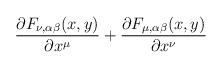
LaTeX: \begin{align*}\frac{\partial F_{\nu,\alpha\beta}(x,y)}{\partial x^\mu}+\frac{\partial F_{\mu,\alpha\beta}(x,y)}{\partial x^\nu}\end{align*}